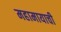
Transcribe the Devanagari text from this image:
महामायाची